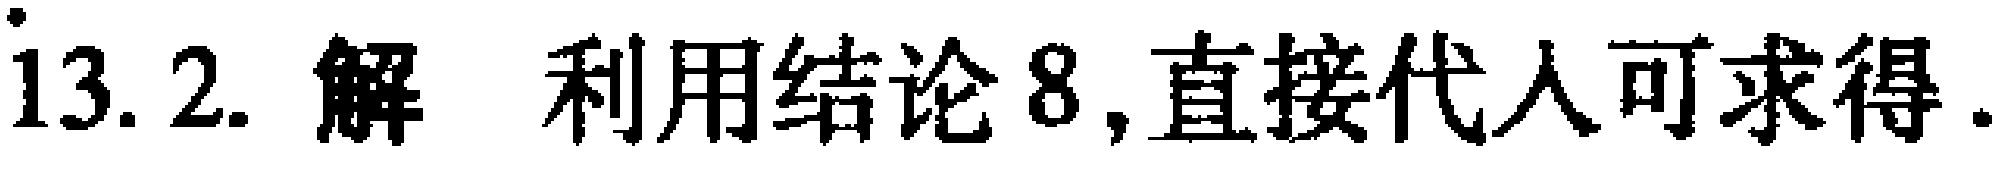
13. 2. 解 利用结论8,直接代入可求得.